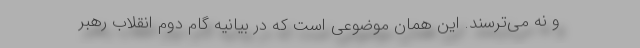
و نه می‌ترسند. این همان موضوعی است که در بیانیه گام دوم انقلاب رهبر